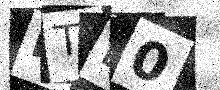
Text: PTE0